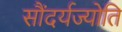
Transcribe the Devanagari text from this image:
सौंदर्यज्योति